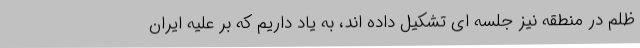
ظلم در منطقه نیز جلسه ای تشکیل داده اند، به یاد داریم که بر علیه ایران